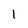
Character: 1